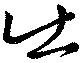
出